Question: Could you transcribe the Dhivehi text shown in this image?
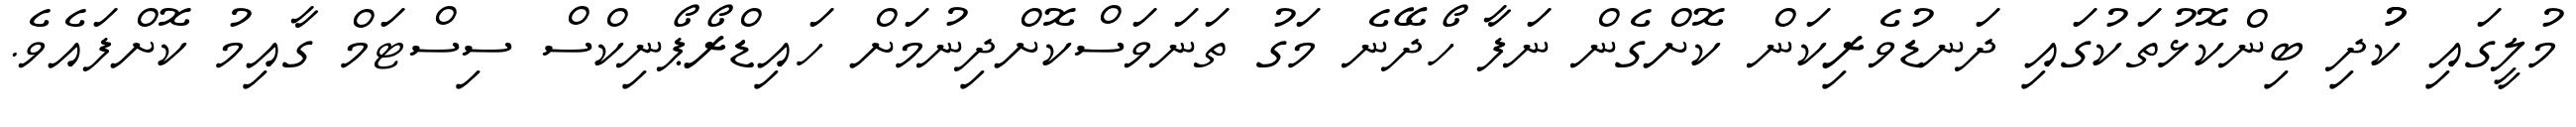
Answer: މުލީގައި ކުުދި ބިންކޮޅުތަކުގައި ދަނޑުވެރިކަން ކޮށްގެން ނަފާ ހޯދޭނެ މަގު ތަނަވަސްކޮށްދިނުމަށް ހައިޑްރޯޕޯނިކްސް ސިސްޓަމް ގާއިމު ކޮށްފައެވެ.